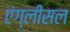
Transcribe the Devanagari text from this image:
एंग्लीसल